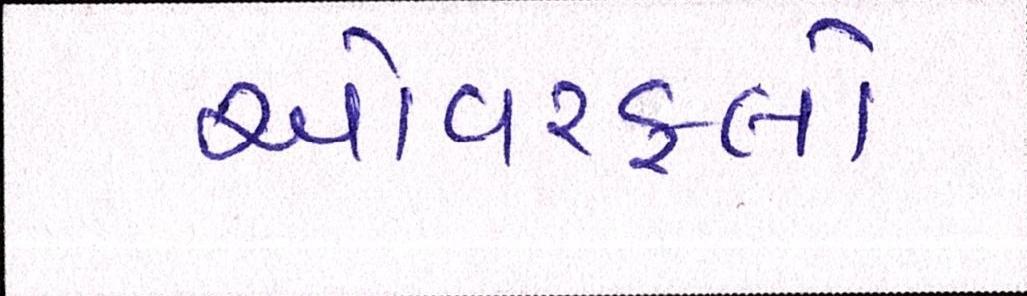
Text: ઓવરફ્લો